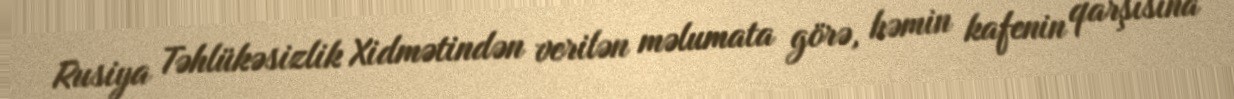
Rusiya Təhlükəsizlik Xidmətindən verilən məlumata görə, həmin kafenin qarşısına